Vaccination North-Western Provinces and Oudh 1896-1901 - 1896-1901
Year: 1896
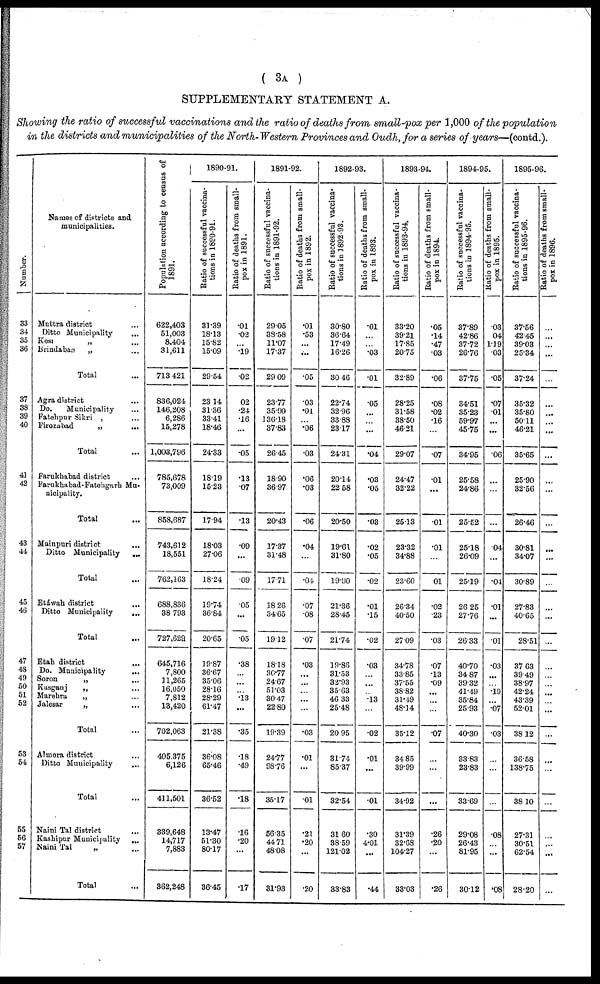
( 3A )
SUPPLEMENTARY STATEMENT A.
Showing the ratio of successful vaccinations and the ratio of deaths from small-pox per 1,000 of the population
in the districts and municipalities of the North-Western Provinces and Oudh, for a series of years—(contd.).
Number.
33
34
35
36
37
38
39
40
41
42
43
44
45
46
47
48
49
50
51
52
53
54
55
56
57
Names of districts and
municipalities.
Muttra district ...
Ditto Municipality
...
Kosi
„ ...
Brindaban
„ ...
Total ...
Agra district ...
Do.
Municipality ...
Fatehpur Sikri , ...
Firozabad
„
...
Total ...
Farukhabad district ...
Farukhabad-Fatehgarh Mu-
nicipality.
Total ....
Mainpuri district ...
Ditto Municipality
...
Total ...
Etáwah district ...
Ditto Municipality
...
Total ...
Etah district
Do. Municipality
...
Soron
„ ...
Kusganj
„ ...
Marehru
„ ...
Jalesar
„ ...
Total ...
Almora district ...
Ditto Municipality ...
Total ...
Naini Tal district
...
Kashipur Municipality
...
Naini Tal
„ ...
Total ...
Population according to census of
1891.
622,403
51,003
8,404
31,611
713,421
836,024
146,208
6,286
15,278
1,003,796
785,678
73,009
858,687
743,612
18,551
762,163
688,836
38,793
727,629
645,716
7,800
11,265
16,050
7,812
13,420
702,063
405,375
6,126
411,501
339,648
14,717
7,883
362,248
1890-91.
Ratio of successful vaccina-
tions in 1890-91.
31.39
18.13
15.82
15.09
29.54
23.14
31.36
33.41
18.46
24.33
18.19
15.23
17.94
18.03
27.06
18.24
19.74
36.84
20.65
19.87
36.67
35.06
28.16
28.29
61.47
21.38
36.08
65.46
36.52
13.47
51.30
80.17
86.45
Ratio of deaths from small-
pox in 1891.
.01
.02
...
.19
.02
.02
.24
.16
.05
.13
.07
.13
.09
...
.09
.05
...
.05
.38
...
...
...
.13
...
.35
.18
.49
.18
.16
.20
...
.17
1891-92.
Ratio of successful vaccina-
tions in 1891-92.
29.05
38.58
11.07
17.37
29.09
23.77
35.90
136.18
37.83
26.45
18.90
36.97
20.43
17.37
31.48
17.71
18.26
34.65
19.12
18.18
30.77
24.67
51.03
30.47
22.80
19.39
24.77
98.76
35.17
56.35
44.71
48.08
31.93
Ratio of deaths from small-
pox in 1892.
.01
.53
...
...
.05
.03
.01
...
.06
.03
.06
.03
.06
.04
...
.04
.07
.08
.07
.03
...
...
...
...
...
.03
.01
...
.01
.21
.20
...
.20
1892-93.
Ratio of successful vaccina-
tions in 1892-93.
30.80
36.64
17.49
16.26
30.46
22.74
32.96
33.88
23.17
24.31
20.14
22.58
20.50
19.61
31.80
19.90
21.36
28.45
21.74
19.86
31.53
32.93
35.63
46.33
25.48
20.95
31.74
85.37
32.54
31.60
38.59
121.02
33.83
Ratio of deaths from small-
pox in 1893.
.01
...
...
.03
.01
.05
...
...
...
.04
.03
.05
.03
.02
.05
.02
.01
.15
.02
.03
...
...
...
.13
...
.02
.01
...
.01
.30
4.01
...
.44
1893-94.
Ratio of successful vaccina-
tions in 1893-94.
33.20
39.21
17.85
20.75
32.89
28.25
31.58
38.50
46.21
29.07
24.47
32.22
25.13
23.32
34.88
23.60
26.34
40.50
27.09
34.78
33.85
37.55
38.82
31.49
48.14
35.12
34.85
39.99
34.92
31.39
32.68
104.27
33.03
Ratio of deaths from small-
pox in 1894.
.05
.14
.47
.03
.06
.08
.02
.16
...
.07
.01
...
.01
.01
...
.01
.02
.23
.03
.07
.13
.09
...
...
...
.07
...
...
...
.26
.20
...
.26
1894-95.
Ratio of successful vaccina-
tions in 1894-95.
37.89
42.86
37.72
26.76
37.75
34.51
35.23
59.97
45.75
34.95
25.58
24.86
25.52
25.18
26.09
25.19
26.25
27.76
26.33
40.70
34.87
39.32
41.49
35.84
25.93
40.30
33.83
23.83
33.69
29.08
26.43
81.95
30.12
Ratio of deaths from small-
pox in 1895.
.03
.04
1.19
.03
.05
.07
.01
...
...
.06
...
...
...
.04
...
.01
.01
...
.01
.03
...
...
.19
...
.07
.03
...
...
...
.08
...
...
. 08
1895-96.
Ratio of successful vaccina-
tions in 1895-96.
37.56
42.45
39.03
25.34
37.24
35.32
35.80
50.11
46.21
35.65
25.90
32.56
26.46
30.81
34.07
30.89
27.83
40.65
28.51
37.63
39.49
38.97
42.24
43.39
52.01
38.12
36.58
138.75
38.10
27.31
30.51
62.54
28.20
Ratio of deaths from small-
pox in 1896.
...
...
...
...
...
...
...
...
...
...
...
...
...
...
...
...
...
...
...
...
...
...
...
...
...
...
...
...
...
...
...
...
...